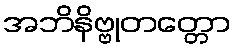
အဘိနိဗ္ဗုတတ္တော